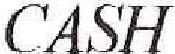
CASH